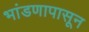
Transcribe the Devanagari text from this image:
भांडणापासून